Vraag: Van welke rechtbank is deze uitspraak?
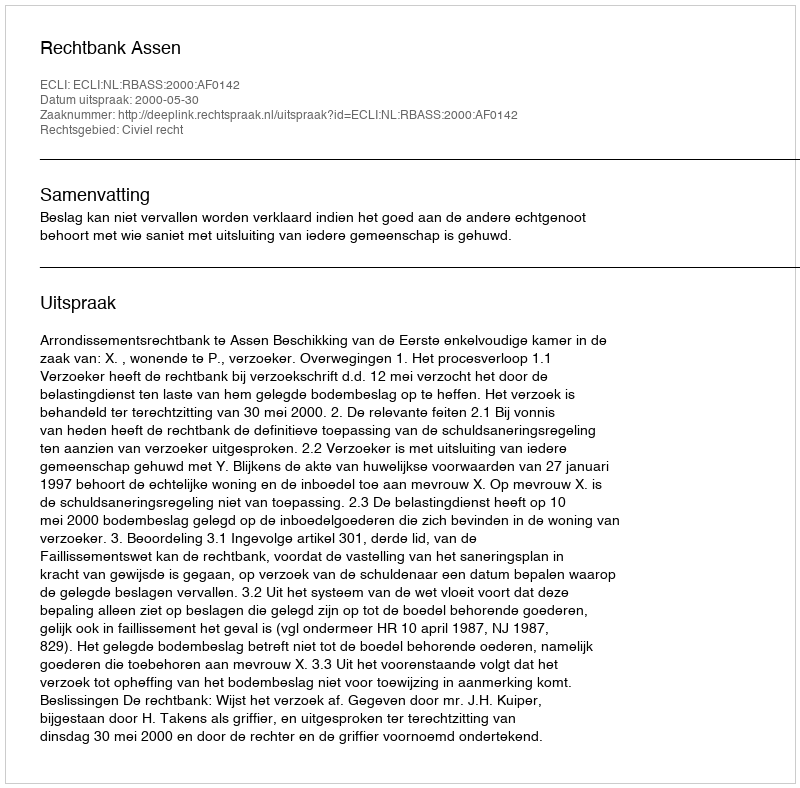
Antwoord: Rechtbank Assen